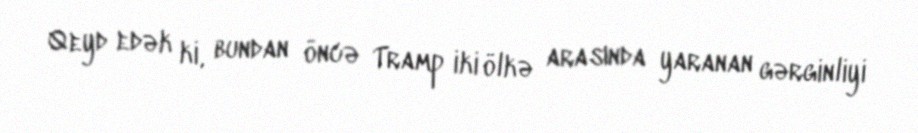
Qeyd edək ki, bundan öncə Tramp iki ölkə arasında yaranan gərginliyi